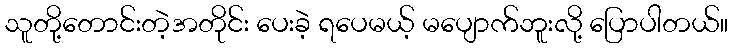
သူတို့တောင်းတဲ့အတိုင်း ပေးခဲ့ ရပေမယ့် မပျောက်ဘူးလို့ ပြောပါတယ်။